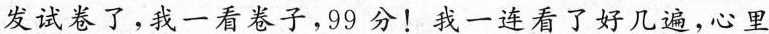
发试卷了，我一看卷子，99分！我一连看了好几遍，心里